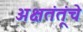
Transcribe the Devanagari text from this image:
अक्षतंतूंचे